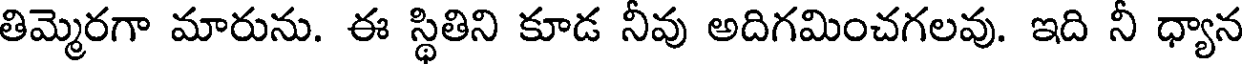
తిమ్మెరగా మారును. ఈ స్థితిని కూడ నీవు అదిగమించగలవు. ఇది నీ ధ్యాన